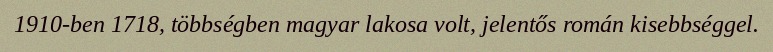
1910-ben 1718, többségben magyar lakosa volt, jelentős román kisebbséggel.